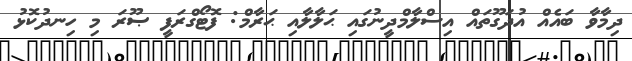
ދިމާވާ ބައެއް އުދަގޫތައް އިސްލާމްދީނުގައި ޙަލާލާއި ޙަރާމް: ފޮޓޯގްރަފީ ޞޫރަ މި ހިނދުކޮޅު